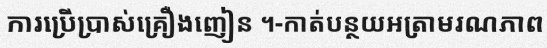
ការប្រើប្រាស់គ្រឿងញៀន ។-កាត់បន្ថយអត្រាមរណភាព